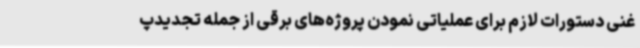
غنی دستورات لازم برای عملیاتی نمودن پروژه‌های برقی از جمله تجدیدپ